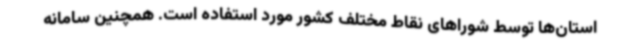
استان‌ها توسط شوراهای نقاط مختلف کشور مورد استفاده است. همچنین سامانه